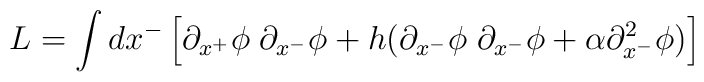
L=\int d x^- \left[\partial_{x^+}\phi \; \partial_{x^-}\phi +h(\partial_{x^-}\phi \; \partial_{x^-}\phi +\alpha\partial_{x^-}^2\phi)\right]